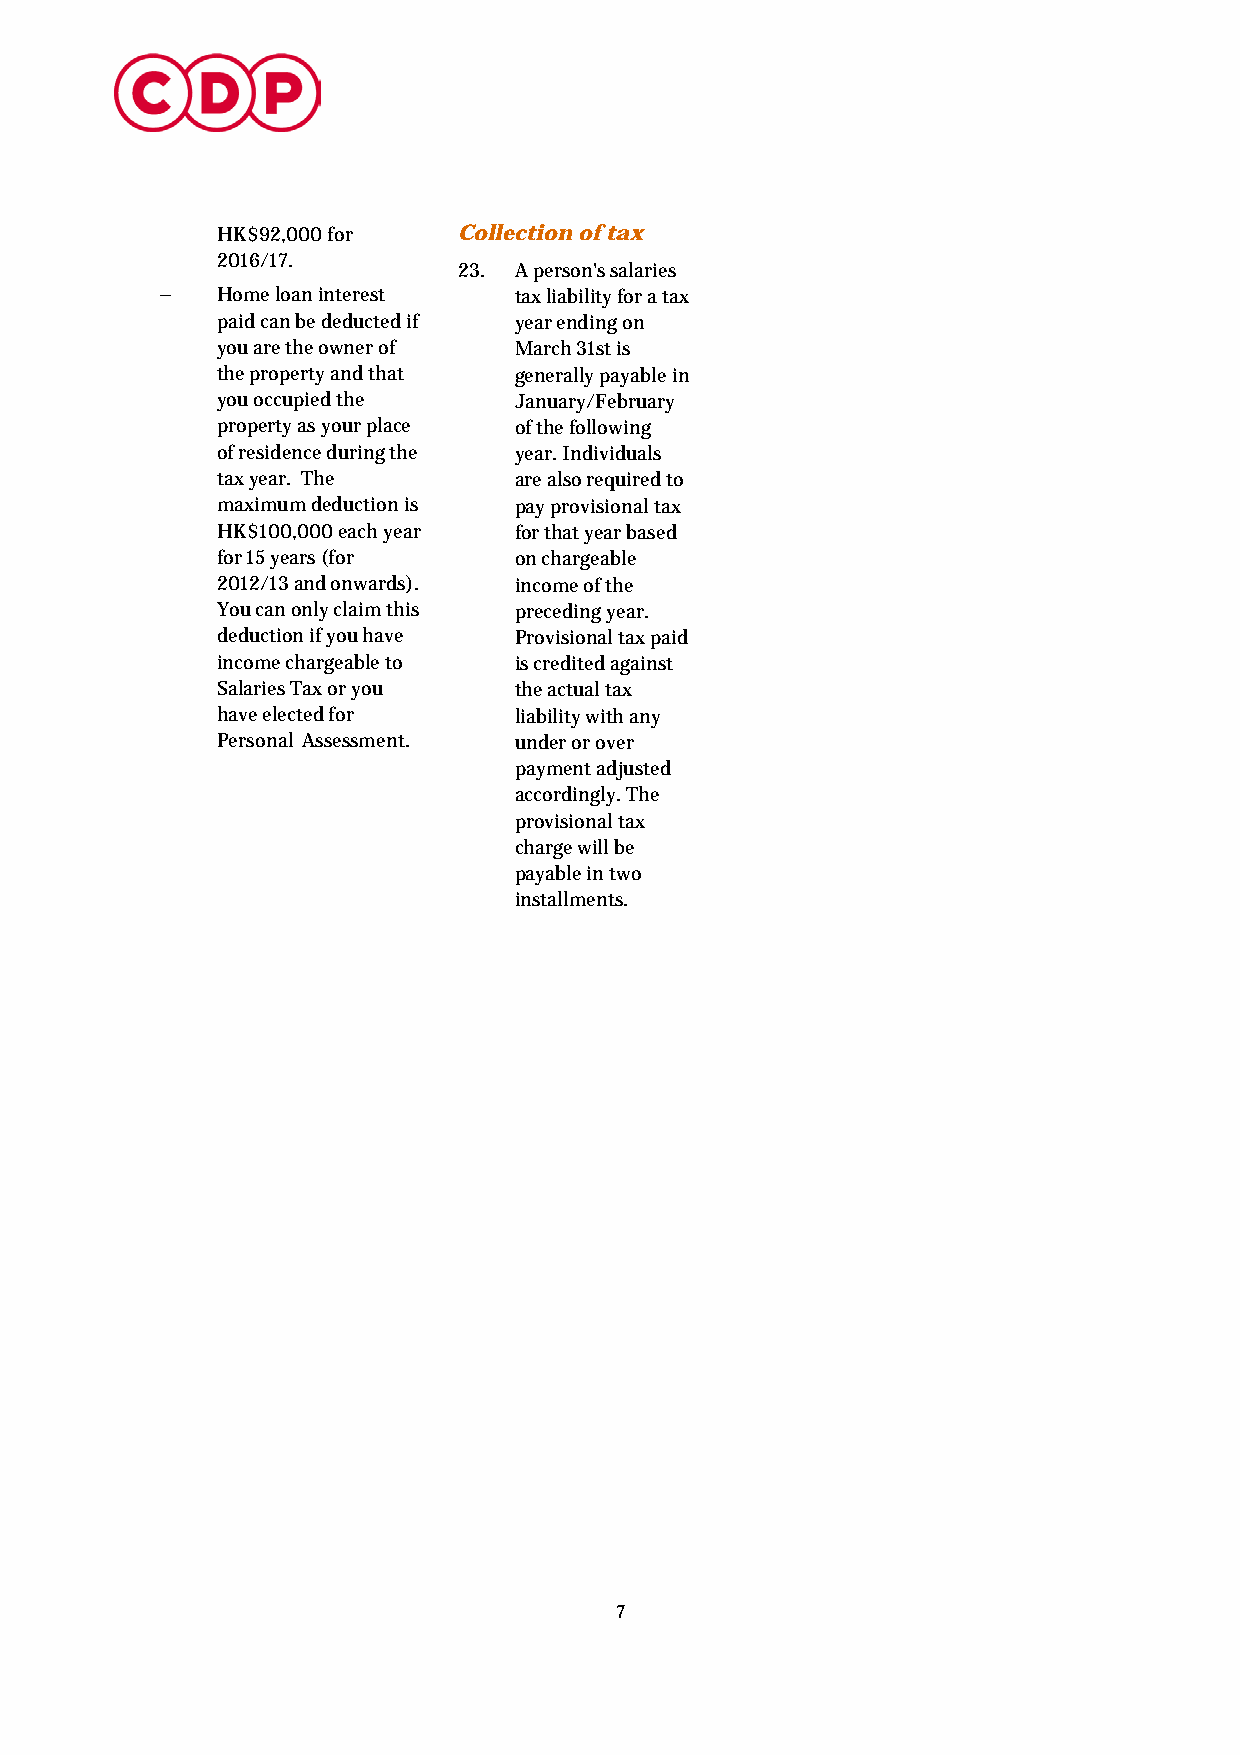
HK$92,000 for   Collection of tax
 2016/17.
 23. A person's salaries
 –  Home loan interest  tax liability for a tax
 paid can be deducted if year ending on
 you are the owner of March 31st is
 the property and that generally payable in
 you occupied the    January/February
 property as your place of the following
 of residence during the year. Individuals
 tax year. The       are also required to
 maximum deduction is pay provisional tax
 HK$100,000 each year for that year based
 for 15 years (for   on chargeable
 2012/13 and onwards). income of the
 You can only claim this preceding year.
 deduction if you have Provisional tax paid
 income chargeable to is credited against
 Salaries Tax or you the actual tax
 have elected for    liability with any
 Personal Assessment. under or over
 payment adjusted
 accordingly. The
 provisional tax
 charge will be
 payable in two
 installments.
 7